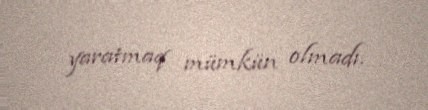
yaratmaq mümkün olmadı.